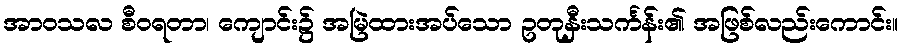
အာဝသလ စီဝရတာ၊ ကျောင်း၌ အမြဲထားအပ်သော ဥတုနှီးသင်္ကန်း၏ အဖြစ်လည်းကောင်း။